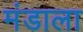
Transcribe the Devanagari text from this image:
मंडाला